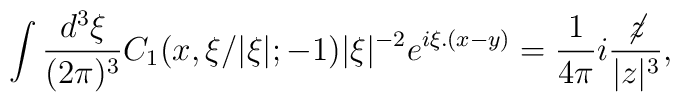
\int \frac{d^3\xi}{(2\pi)^3}C_1(x,\xi / |\xi|;-1)|\xi|^{-2}e^{i\xi.(x-y)}=\frac{1}{4\pi}i\frac{\not\! z}{|z|^3},